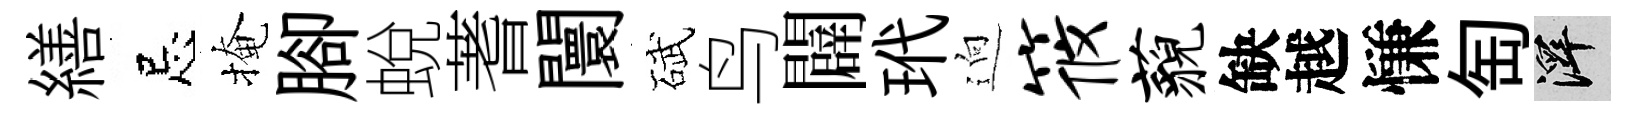
繕忌掩腳蛻蓍闤碔鸟闢玳逈筱藐缺越慊匋澤